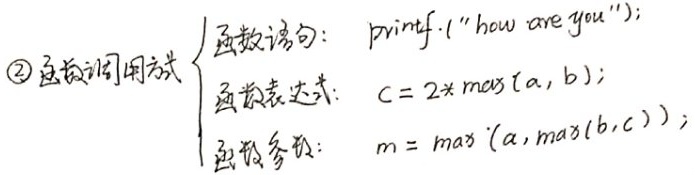
\textcircled{2} 函数调用方式
\begin{cases}
\text{函数语句：} \texttt{printf("how are you");} \\
\text{函数表达式：} c = 2*\texttt{max}(a, b); \\
\text{函数参数：} m = \texttt{max}(a,\texttt{max}(b,c));
\end{cases}